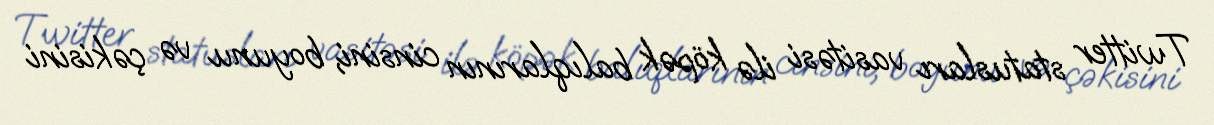
Twitter statusları vasitəsi ilə köpək balıqlarının cinsini, boyunu və çəkisini